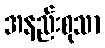
အနည်းစုသာ